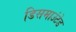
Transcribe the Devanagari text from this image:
डिसमाउंटेड